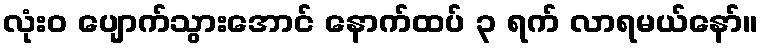
လုံးဝ ပျောက်သွားအောင် နောက်ထပ် ၃ ရက် လာရမယ်နော်။